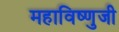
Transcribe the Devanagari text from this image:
महाविष्णुजी